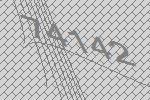
74142